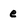
Character: e